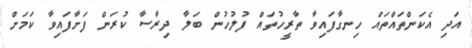
އަދި އެކަންތައްތައް ހިނގާފައިވާ ތާރީހުތައް ފުލުހުން ބަލާ ދިރާސާ ކުރަން ފަށާފައިވާ ކަމަށް